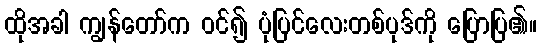
ထိုအခါ ကျွန်တော်က ဝင်၍ ပုံပြင်လေးတစ်ပုဒ်ကို ပြောပြ၏။